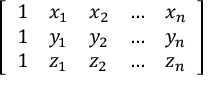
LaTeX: \left[ \begin{array} { l l l l l } { 1 } & { x _ { 1 } } & { x _ { 2 } } & { \dots } & { x _ { n } } \\ { 1 } & { y _ { 1 } } & { y _ { 2 } } & { \dots } & { y _ { n } } \\ { 1 } & { z _ { 1 } } & { z _ { 2 } } & { \dots } & { z _ { n } } \end{array} \right]